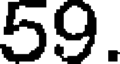
59.